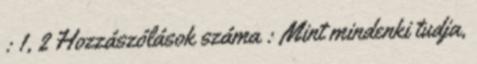
: 1, 2 Hozzászólások száma : Mint mindenki tudja,